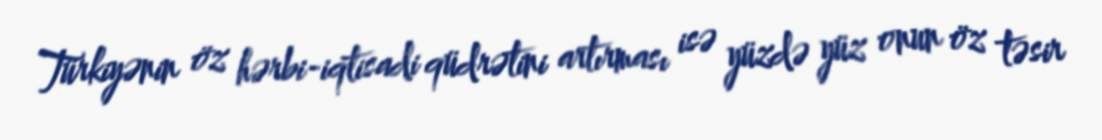
Türkiyənin öz hərbi-iqtisadi qüdrətini artırması isə yüzdə yüz onun öz təsir